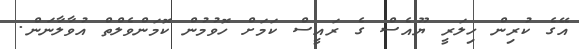
އޭގެ ކުރިން ހިލަރީ ޔޫއެސް ގެ ރައީސް ކަމަށް ހޮވުމުން ކޮމަންވެލްތް އުވާލާނަން.